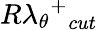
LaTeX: {{R\lambda_{\theta}}^{+}}_{cut}